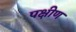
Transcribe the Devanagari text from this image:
पक्षीण